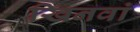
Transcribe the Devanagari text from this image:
खिनवां